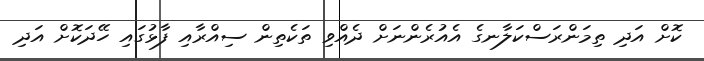
ކޮށް އަދި ތިމަންރަސްކަލާނގެ އެއުރެންނަށް ދެއްވި ތަކެތިން ސިއްރާއި ފާޅުގައި ހޭދަކޮށް އަދި